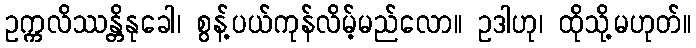
ဥက္ကလိဿန္တိနုခေါ၊ စွန့်ပယ်ကုန်လိမ့်မည်လော။ ဥဒါဟု၊ ထိုသို့မဟုတ်။